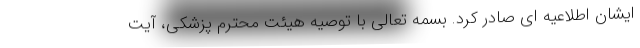
ایشان اطلاعیه ای صادر کرد. بسمه تعالی با توصیه هیئت محترم پزشکی، آیت